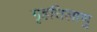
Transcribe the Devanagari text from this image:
गृहत्तिलाणु